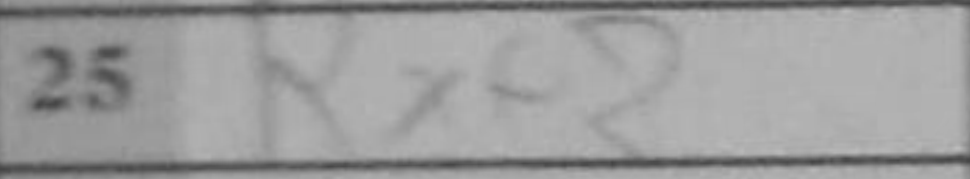
Transcription: Rxf2